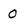
Character: 0